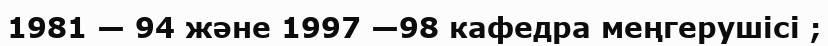
1981 — 94 және 1997 —98 кафедра меңгерушісі ;